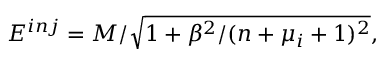
E ^ { i n j } = M / \sqrt { 1 + \beta ^ { 2 } / ( n + \mu _ { i } + 1 ) ^ { 2 } } ,